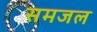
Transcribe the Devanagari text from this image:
समजल